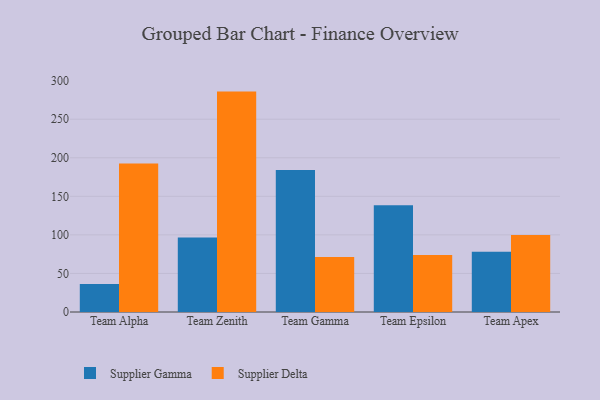
{"axis": {"x": "Team", "y": "Budget (USD K)"}, "legend": ["Supplier Delta", "Supplier Gamma"], "data": [{"x": "Team Alpha", "y": 36.3, "type": "Supplier Gamma"}, {"x": "Team Alpha", "y": 192.6, "type": "Supplier Delta"}, {"x": "Team Zenith", "y": 96.6, "type": "Supplier Gamma"}, {"x": "Team Zenith", "y": 285.8, "type": "Supplier Delta"}, {"x": "Team Gamma", "y": 184.2, "type": "Supplier Gamma"}, {"x": "Team Gamma", "y": 71.4, "type": "Supplier Delta"}, {"x": "Team Epsilon", "y": 138.5, "type": "Supplier Gamma"}, {"x": "Team Epsilon", "y": 74.0, "type": "Supplier Delta"}, {"x": "Team Apex", "y": 78.2, "type": "Supplier Gamma"}, {"x": "Team Apex", "y": 99.9, "type": "Supplier Delta"}]}